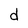
Character: d